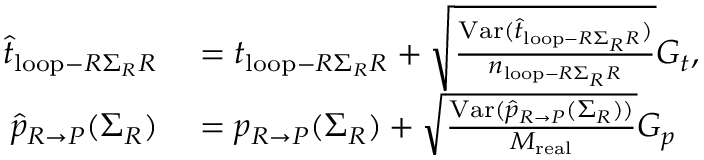
\begin{array} { r l } { \widehat { t } _ { \mathrm { l o o p } - R \Sigma _ { R } R } } & { { } = t _ { \mathrm { l o o p } - R \Sigma _ { R } R } + \sqrt { \frac { \mathrm { V a r } ( \widehat { t } _ { \mathrm { l o o p } - R \Sigma _ { R } R } ) } { n _ { \mathrm { l o o p } - R \Sigma _ { R } R } } } G _ { t } , } \\ { \widehat { p } _ { R \rightarrow P } ( \Sigma _ { R } ) } & { { } = p _ { R \rightarrow P } ( \Sigma _ { R } ) + \sqrt { \frac { \mathrm { V a r } ( \widehat { p } _ { R \rightarrow P } ( \Sigma _ { R } ) ) } { M _ { \mathrm { r e a l } } } } G _ { p } } \end{array}